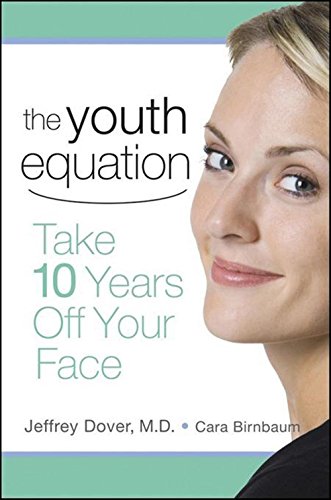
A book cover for The Youth Equation: Take 10 Years Off Your Face; Jeffrey Dover; Health, Fitness & Dieting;